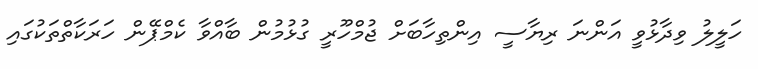
ހަލީލު ވިދާޅުވީ އަންނަ ރިޔާސީ އިންތިހާބަށް ޖުމްހޫރީ ގުޅުމުން ބާއްވާ ކެމްޕޭން ހަރަކާތްތަކުގައި